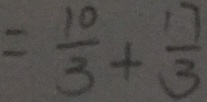
= \frac { 1 0 } { 3 } + \frac { 1 7 } { 3 }